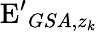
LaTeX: \mathrm{E^{\prime}}_{GSA,z_{k}}